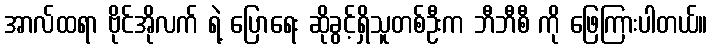
အာလ်ထရာ ဗိုင်အိုလက် ရဲ့ ပြောရေး ဆိုခွင့်ရှိသူတစ်ဦးက ဘီဘီစီ ကို ဖြေကြားပါတယ်။